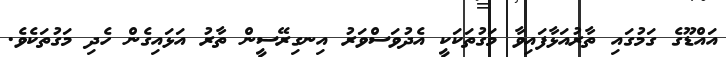
އައްޑޫގެ ގަމުގައި ތާރުއަޅާފައިވާ މަގުތަކަކީ އެދުވަސްވަރު އިނގިރޭސީން ތާރު އަޅައިގެން ހެދި މަގުތަކެވެ.